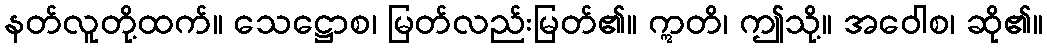
နတ်လူတို့ထက်။ သေဋ္ဌောစ၊ မြတ်လည်းမြတ်၏။ ဣတိ၊ ဤသို့။ အဝေါစ၊ ဆို၏။